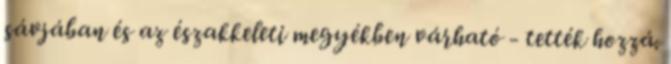
sávjában és az északkeleti megyékben várható - tették hozzá.